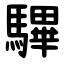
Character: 驆